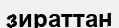
зираттан